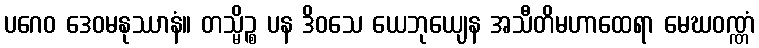
ပဂေဝ ဒေဝမနုဿာနံ။ တသ္မိဉ္စ ပန ဒိဝသေ ယေဘုယျေန အသီတိမဟာထေရာ မေဃဝဏ္ဏံ